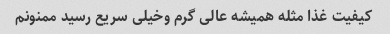
کیفیت غذا مثله همیشه عالی گرم وخیلی سریع رسید ممنونم